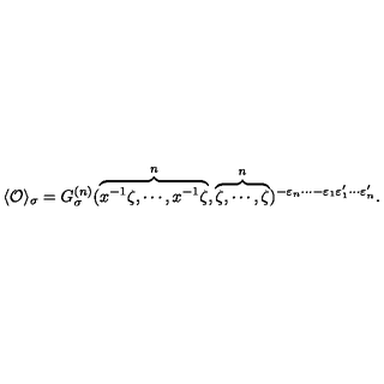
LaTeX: \langle { \cal O } \rangle _ { \sigma } = G _ { \sigma } ^ { ( n ) } ( \overbrace { x ^ { - 1 } \zeta , \cdots , x ^ { - 1 } \zeta } ^ { n } , \overbrace { \zeta , \cdots , \zeta } ^ { n } ) ^ { - \varepsilon _ { n } \cdots - \varepsilon _ { 1 } \varepsilon _ { 1 } ^ { \prime } \cdots \varepsilon _ { n } ^ { \prime } } .